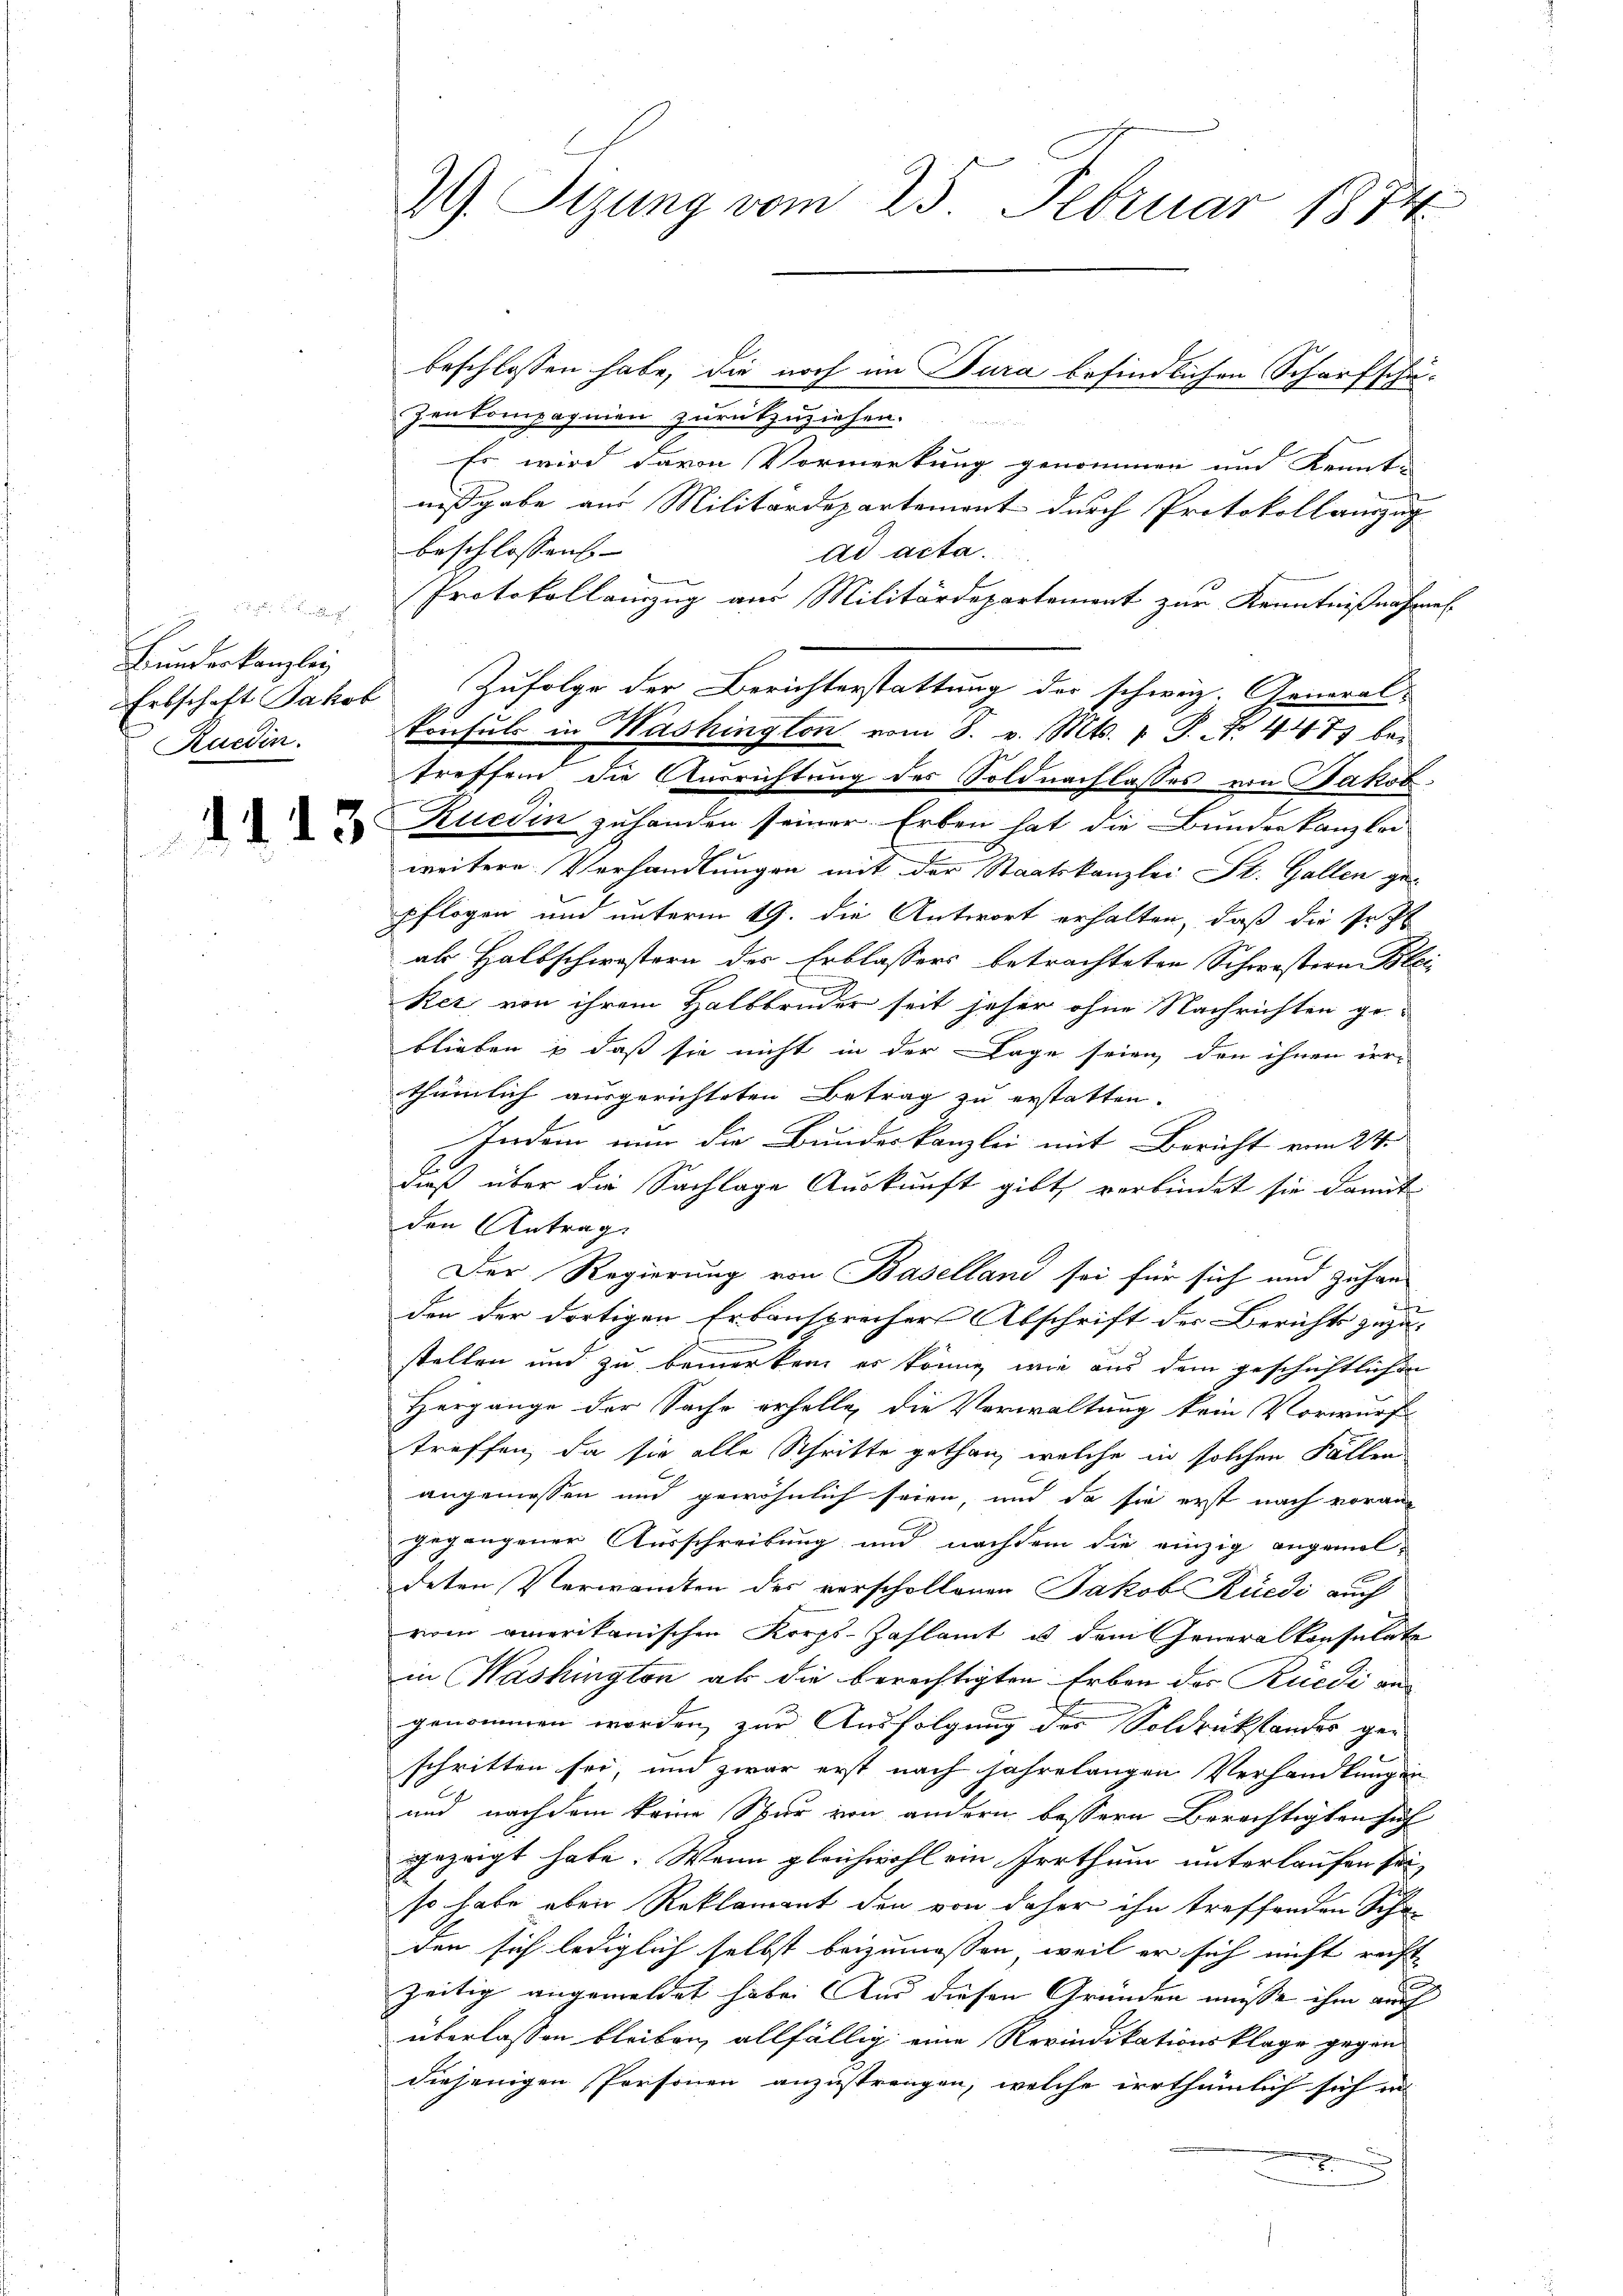
Bundeskanzley
Ruedin

d.d. 13.

29. Sizung vom 25. Februar 1874.

beschlossen habe, die noch im Tura befindlichen Scharfschuzenkompagnien zurückzuziehen.
Es wird davon Vormerkung genommen und Kennt-
nisgabe aus Militärdepartemont durch Protokollauszug
beschlossens- |
ad acta.
Protokollanzug aus Militärdepartement zur Kenntnißnahmen
treffend die Ausrichtung des Soldnachlasses von Jakob
Rucdin zuhanden seiner Erben hat die Bunden kanzlei-
weitere Verhandlungen mit der Staatskanzlei St. Gallen gepflogen und unterm 19. die Antwort erhalten, daß die Inst
als Halbschwestern des Erblassers betrachteten Schwestern Blei
Rez von ihrem Halbbruder seit jeher ohne Nachrichten ge-
blieben & daß sie nicht in der Lage seien den ihnen derthümlich ausgerichteten Betrag zu erstatten.
Indem nun die Bundeskanzlei mit Bericht vom 24.
Fuß über die Sachlage Auskunft gibt, verbindet sie damit
den Antrag
Der Regierung von Baselland sei für sich und zuhan
fg
den der dortigen Erbansprecher Abschrift der Berichts zuzu-
stellen und zu bemerken, er könne, wie aus dem geschichtlichen
Hergange der Sache erhalte, die Verwaltung kein Vorwurf
treffen, da sie alle Schritte gethan, welche in solchen Fällen
angemessen und gewöhnlich seien, und da sie erst nach voran-
gegangener Ausschreibung und nachdem die einzig angemel-
deten Verwandten des vorschollenen Jakob Rüedi auch
vom amerikanischen Korpf-Zahlamt u. dem Generalkonsulate
in Washington als die berechtigten Erben des Rüedi an-
genommen worden, zur Ausfolgung der Soldrückstandes gen
schritten sei, und zwar erst nach jahrelangen Verhandlungen
und nachdem keine Spur von andern bessern Berechtigten such
gezeigt habe. Wenn gleichwohl ein Irrthum unterlaufen sei,
so habe aber Reklamant den von daher ihn treffenden Scha-
den sich lediglich selbst beizumessen, weil er sich nicht recht
zeitig angemeldet habe. Aus diesen Gründen müsse ihm auch
überlassen bleiben, allfällig eine Revindikationsklage gegen
diejenigen Personen anzustrengen, welche irrthümlich sich in

Erbschaft Jakob Zufolge der Berichterstattung der schweiz. General-

konsuls in Washington vom 8. v. Mts. 1 S. No. 447 bei